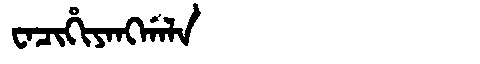
Manchu: ᠸᠠᠴᡳᡥᡳᠶᠠᠩᡤᠠᠯᠠ
Romanization: WACIHIYANGGALA